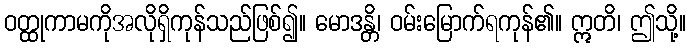
ဝတ္ထုကာမကိုအလိုရှိကုန်သည်ဖြစ်၍။ မောဒန္တိ၊ ဝမ်းမြောက်ရကုန်၏။ ဣတိ၊ ဤသို့။